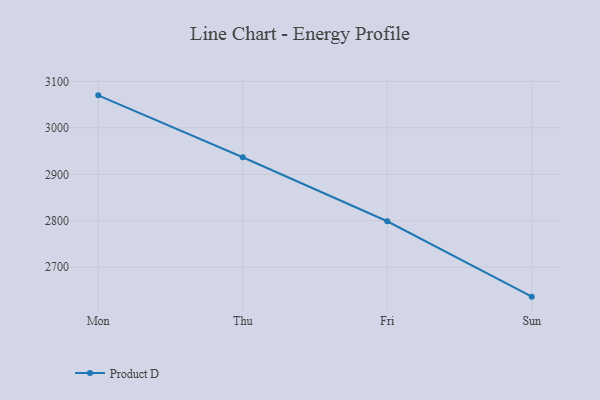
{"axis": {"x": "Day", "y": "Bounce Rate (%)"}, "legend": ["Product D"], "data": [{"x": "Mon", "y": 3070.0, "type": "Product D"}, {"x": "Thu", "y": 2936.8, "type": "Product D"}, {"x": "Fri", "y": 2799.0, "type": "Product D"}, {"x": "Sun", "y": 2636.7, "type": "Product D"}]}